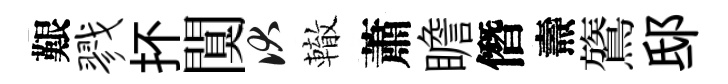
艱戮抔闃伏轍蕭瞻僭燾鷟邸